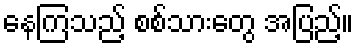
နေကြသည့် စစ်သားတွေ အပြည့်။